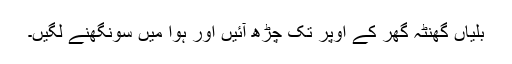
بلّیاں گھنٹہ گھر کے اوپر تک چڑھ آئیں اور ہوا میں سونگھنے لگیں۔